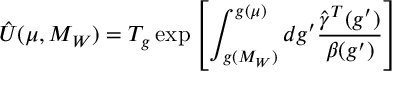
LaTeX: \hat { U } ( \mu , M _ { W } ) = T _ { g } \exp \left[ \int _ { g ( M _ { W } ) } ^ { g ( \mu ) } { d g ^ { \prime } \frac { \hat { \gamma } ^ { T } ( g ^ { \prime } ) } { \beta ( g ^ { \prime } ) } } \right]